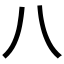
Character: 八